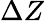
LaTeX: \Delta Z